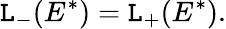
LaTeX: \mathtt{L}_{-}(E^{*})=\mathtt{L}_{+}(E^{*}).